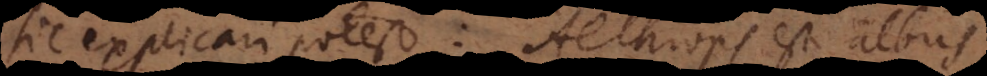
sic explicari potest: Aethiops est albus